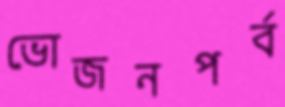
ভোজনপর্ব